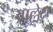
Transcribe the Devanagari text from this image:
वाल्लेस